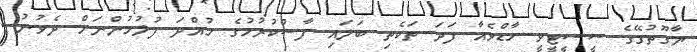
ޔާގޫތުގޭގެ ސީސީޓީވީ ހާޑްވެއާ ފަދަ ތަކެތި ބަލައި ފާސްކުރުމުގެ ހުއްދަ ފުލުހުންނަށް ދެވުނު